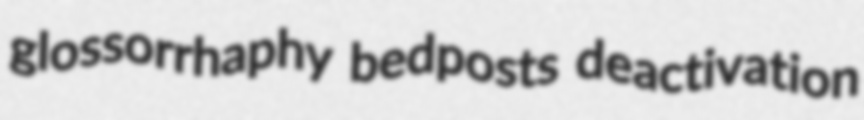
glossorrhaphy bedposts deactivation